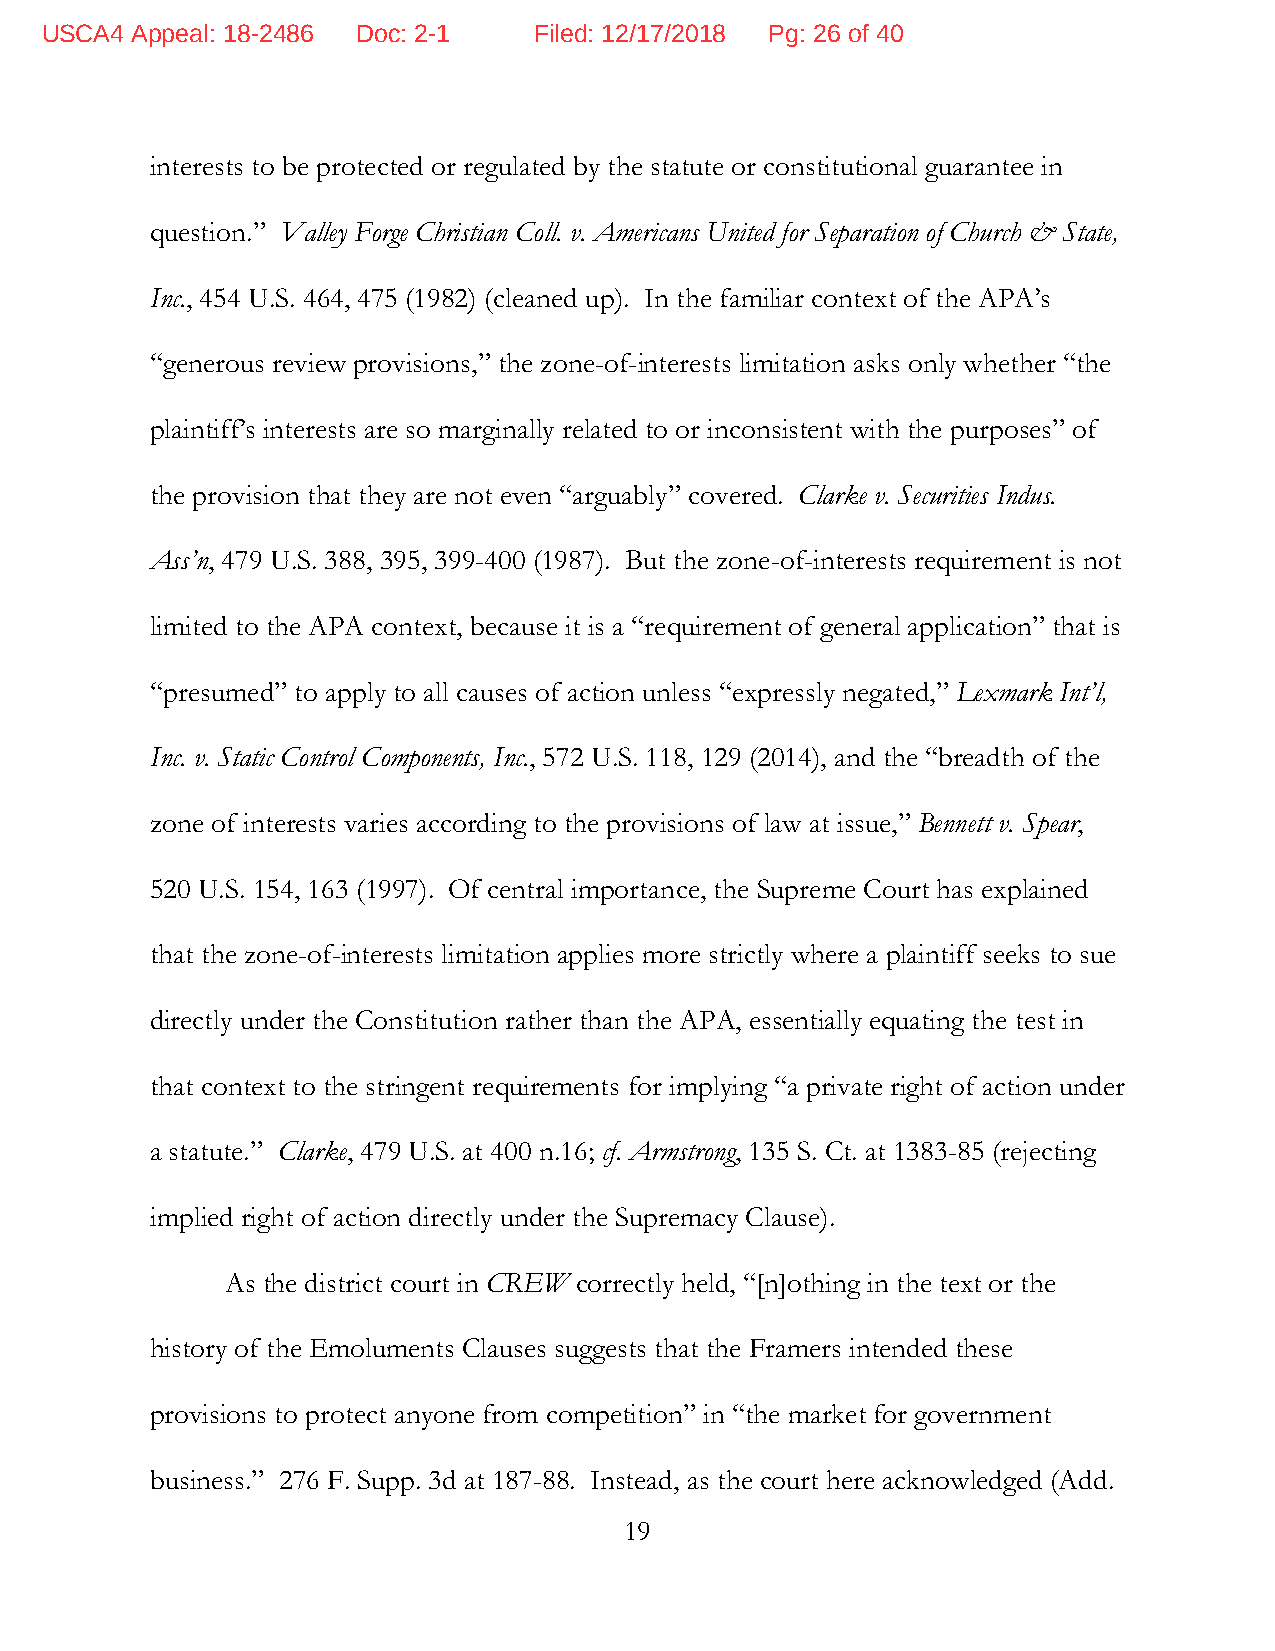
USCA4 Appeal: 18-2486 Doc: 2-1  Filed: 12/17/2018 Pg: 26 of 40
 interests to be protected or regulated by the statute or constitutional guarantee in
 question.” Valley Forge Christian Coll. v. Americans United for Separation of Church & State,
 Inc., 454 U.S. 464, 475 (1982) (cleaned up). In the familiar context of the APA’s
 “generous review provisions,” the zone-of-interests limitation asks only whether “the
 plaintiff’s interests are so marginally related to or inconsistent with the purposes” of
 the provision that they are not even “arguably” covered. Clarke v. Securities Indus.
 Ass’n, 479 U.S. 388, 395, 399-400 (1987). But the zone-of-interests requirement is not
 limited to the APA context, because it is a “requirement of general application” that is
 “presumed” to apply to all causes of action unless “expressly negated,” Lexmark Int’l,
 Inc. v. Static Control Components, Inc., 572 U.S. 118, 129 (2014), and the “breadth of the
 zone of interests varies according to the provisions of law at issue,” Bennett v. Spear,
 520 U.S. 154, 163 (1997). Of central importance, the Supreme Court has explained
 that the zone-of-interests limitation applies more strictly where a plaintiff seeks to sue
 directly under the Constitution rather than the APA, essentially equating the test in
 that context to the stringent requirements for implying “a private right of action under
 a statute.” Clarke, 479 U.S. at 400 n.16; cf. Armstrong, 135 S. Ct. at 1383-85 (rejecting
 implied right of action directly under the Supremacy Clause).
 As the district court in CREW correctly held, “[n]othing in the text or the
 history of the Emoluments Clauses suggests that the Framers intended these
 provisions to protect anyone from competition” in “the market for government
 business.” 276 F. Supp. 3d at 187-88. Instead, as the court here acknowledged (Add.
 19